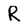
Character: R